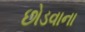
છોડવાના